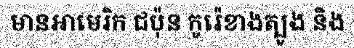
មានអាមេរិក ជប៉ុន កូរ៉េខាងត្បូង និង